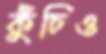
কুঁচিও